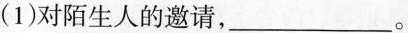
(1)对陌生人的邀请，___。